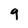
Character: 9